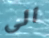
الى